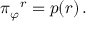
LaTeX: \pi { _ { \varphi } } { ^ { r } } = p ( r ) \, .